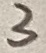
Text: 3